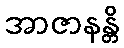
အာဇာနန္တိ